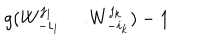
g ( W _ { - i _ { 1 } } ^ { j _ { 1 } } \dots W _ { - i _ { k } } ^ { j _ { k } } ) - 1